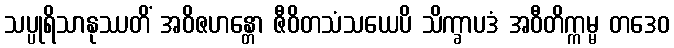
သပ္ပုရိသာနုဿတိံ အဝိဇဟန္တော ဇီဝိတသံသယေပိ သိက္ခာပဒံ အဝီတိက္ကမ္မ တဒေဝ